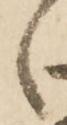
々